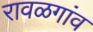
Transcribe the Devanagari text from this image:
रावळगांव